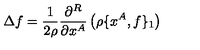
\Delta f = \frac { 1 } { 2 \rho } \frac { \partial ^ { R } } { \partial x ^ { A } } \left( \rho \{ x ^ { A } , f \} _ { 1 } \right)